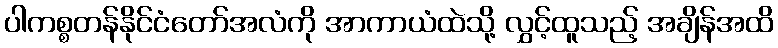
ပါကစ္စတန်နိုင်ငံတော်အလံကို အာကာယံထဲသို့ လွှင့်ထူသည့် အချိန်အထိ